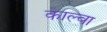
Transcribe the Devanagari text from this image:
काल्वा